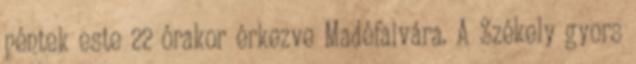
péntek este 22 órakor érkezve Madéfalvára. A Székely gyors